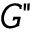
G "